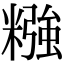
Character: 糨